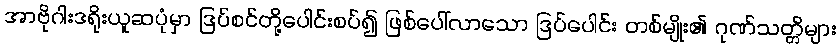
အာဗိုဂါးဒရိုးယူဆပုံမှာ ဒြပ်စင်တို့ပေါင်းစပ်၍ ဖြစ်ပေါ်လာသော ဒြပ်ပေါင်း တစ်မျိုး၏ ဂုဏ်သတ္တိများ